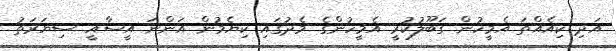
އަދި ކިއެއްތަ އެމީހުން ގަބޫލުކުރީ އެމީހުންގެ މެދުގައި ކިޔެމުން އަންނަ އީސާއީ ސިޔަރަތު